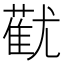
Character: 𬞓